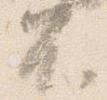
不